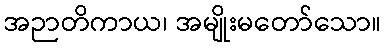
အဉာတိကာယ၊ အမျိုးမတော်သော။